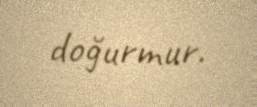
doğurmur.